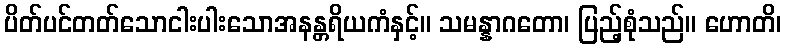
ပိတ်ပင်တတ်သောငါးပါးသောအနန္တရိယကံနှင့်။ သမန္နာဂတော၊ ပြည့်စုံသည်။ ဟောတိ၊